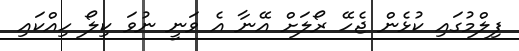
ފިލްމުގައި ކުޅެން ޖެހޭ ރޯލަށް އޭނާ އެ ވަނީ ނުވަ ކިލޯ ހިއްކައި